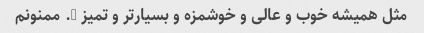
مثل همیشه خوب و عالی و خوشمزه و بسیار‌تر و تمیز …. ممنونم